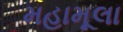
મહામૂલા